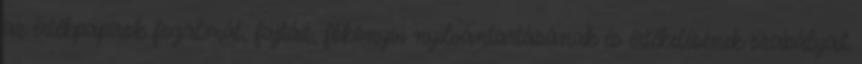
az értékpapírok fogalmát, fajtáit, főkönyvi nyilvántartásának és értékelésének szabályait